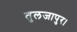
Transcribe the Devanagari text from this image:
तुलजापुर।